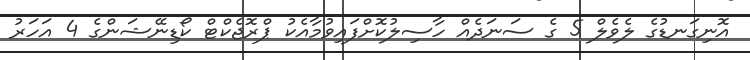
އޮނިގަނޑުގެ ލެވެލް 5 ގެ ސަނަދެއް ހާސިލުކޮށްފައިވުމާއެކު ޕްރޮޖެކްޓް ކޯޑިނޭޝަންގެ 4 އަހަރު